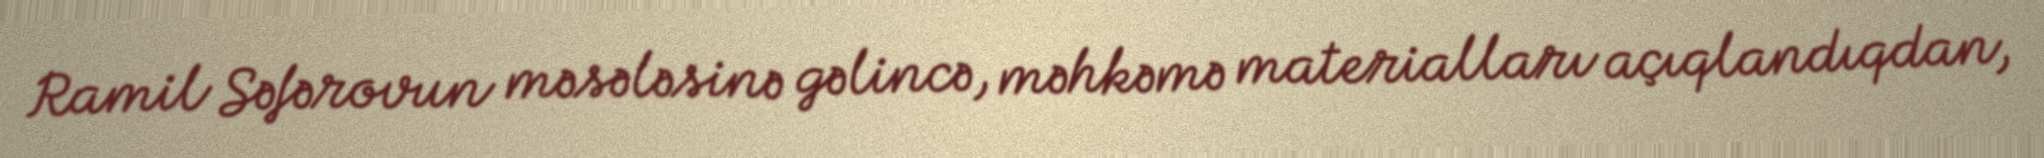
Ramil Səfərovun məsələsinə gəlincə, məhkəmə materialları açıqlandıqdan,